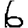
Digit: 6